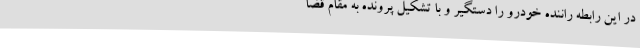
در این رابطه راننده خودرو را دستگیر و با تشکیل پرونده به مقام قضا